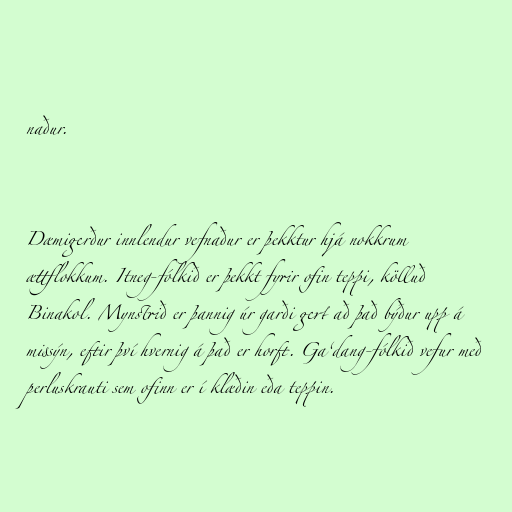
naður.

Dæmigerður innlendur vefnaður er þekktur hjá nokkrum
ættflokkum. Itneg-fólkið er þekkt fyrir ofin teppi, kölluð
Binakol. Mynstrið er þannig úr garði gert að það býður upp á
missýn, eftir því hvernig á það er horft. Ga‘dang-fólkið vefur með
perluskrauti sem ofinn er í klæðin eða teppin.